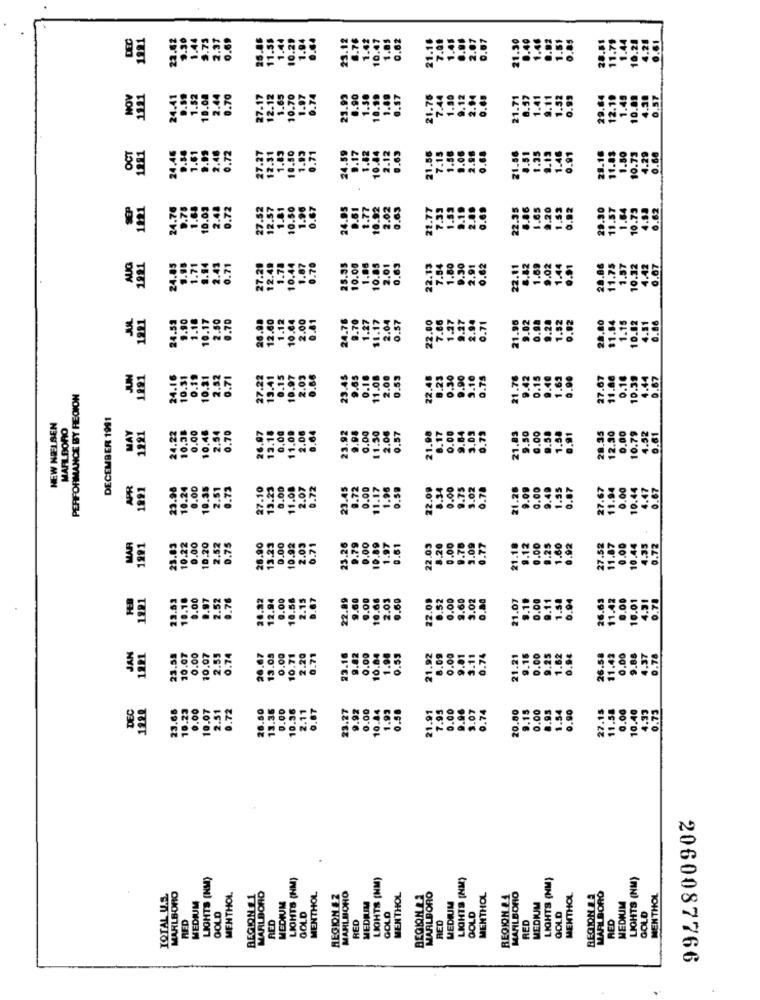
DEC
26.86
11.55
0.62
21.16
7.00
.07
0.07
1.30
.92
1221
10.47
NOV
1221
0.57
24.
10.7
21.7
10.
1.80
OCT
1281
24.46
1.61
27-27
12.5
1.03
10.7
10 .
24.
21.
11.
SEP
1221
27-52
22.35
20
1.84
10.73
4.88
6.62
24.
10.5€
29.9
11.57
21.
28.86
11.75
1.57
AUG
1991
24.85
27.20
2.45
10.32
0.67
10.
22.
22.
9.90
1.18
.70
26.98
12.60
.1.12
10.64
2.00
24.76
9.70
1.27
0.57
22.00
28.80
$1.84
1.15
0.86
24.53
2.0
0.7
21.9
1.8
10.82
4.51
10 .
JUN
1991
24.16
10.31
.52
27.22
13.41
2.00
22.48
21.76
0.67
0.1
10.3
0.7
0.1
10.5
23.
0.1
0.5
27.
10.5
4.4
PERFORMANCE BY REGION
11.
DECEMBER 1991
NEW NIELSEN
MARLBORO
MAY
24.22
10.38
0.00
10.48
26.07
13.18
0,00
11.09
23.92
0.00
4.52
1221
2.54
0.7
2.00
11.50
2.06
0.57
21.83
9.50
0.00
28.3
12.30
0.00
10.79
0.61
21.
1891
23.98
10.24
0.00
10.35
2.51
0.73
27.10
13.23
0.00
11.08
2.07
0.72
23.45
0.72
0.00
22.00
.00
1.75
3.02
.67
11.94
10.44
4.47
0.67
11.12
O.S
27.6
0.00
21.
0.00
0.00
23.26
9.79
0.00
.89
.20
1.09
.12
MAR
1991
10.22
10.20
2.52
0.75
26.90
13.25
10.92
2.03
0.71
22.03
21.1.
0.00
9.25
1.60
27.52
11.87
0.00
10.44
4.35
.72
23.
1821
23.53
0.00
0.76
26.82
12.94
0.00
10.58
22.89
9.60
9.00
10.68
2.03
0.60
22.09
0.00
1.60
3.02
21.07
26.63
11.42
0.00
10.01
0.78
10.10
0.9
2.5
.5
1221
0.00
10.07
0.74
26.67
13.05
0.00
10.71
9.02
10.84
0.59
8.09
0.00
JAN
23.58
10.07
2.55
2.20
0.71
23.16
0.00
1.9
21.92
0.00
9.81
3.11
21.21
9.16
26.58
0,00
11.
DEC
1222
23.66
10.23
0.00
10.07
2.51
0.72
26.50
13.36
0.00
10.36
2.11
0.87
23.27
9.92
0.00
10.44
1.93
0.58
21.91
7.95
0.00
9.96
3.07
20.80
9.15
0.00
0.95
1.54
.90
11.58
0.00
10.40
27.
LIGHTS (NM)
LIGHTS (HM)
LIGHTS (NM)
LIGHTS (NM)
LIGHTS (NM)
LIGHTS (NM)
MARLBORO
TOTAL U.S.
MENTHOL
REGION #1
MARLBORO
MEDIUM
MENTHOL
REGION &Z
MAHLBOHO
MEDILIM
MENTHOL
BEGINLLA
MARLBORO
MENTHOL
REGION &4
MARLBORO
MENTHOL
REGION LA
MARLBORO
MENTHOL
MEDIUM
GOLD
MEDIUM
MEDIUM
MEDIUM
GOLD
RED
RED
GOLD
GOLD
RED
GOLD
GOLD
RED
HED
RED
2060087766
.